Indian journal of veterinary science and animal husbandry - Volume 7,
Year: 1937
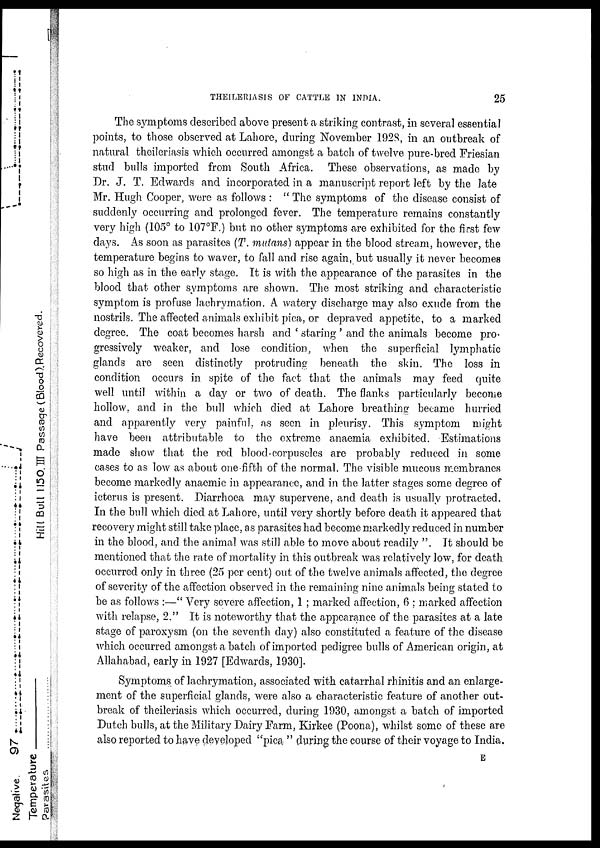
THEILERIASIS OF CATTLE IN INDIA.
25
The symptoms described above present a striking contrast, in several essential
points, to those observed at Lahore, during November 1928, in an outbreak of
natural theileriasis which occurred amongst a batch of twelve pure-bred Friesian
stud bulls imported from South Africa. These observations, as made by
Dr. J. T. Edwards and incorporated in a manuscript report left by the late
Mr. Hugh Cooper, were as follows : " The symptoms of the disease consist of
suddenly occurring and prolonged fever. The temperature remains constantly
very high (105° to 107°F.) but no other symptoms are exhibited for the first few
days. As soon as parasites (T. mutans) appear in the blood stream, however, the
temperature begins to waver, to fall and rise again, but usually it never becomes
so high as in the early stage. It is with the appearance of the parasites in the
blood that other symptoms are shown. The most striking and characteristic
symptom is profuse lachrymation. A watery discharge may also exude from the
nostrils. The affected animals exhibit pica, or depraved appetite, to a marked
degree. The coat becomes harsh and ' staring ' and the animals become pro-
gressively weaker, and lose condition, when the superficial lymphatic
glands are seen distinctly protruding beneath the skin. The loss in
condition occurs in spite of the fact that the animals may feed quite
well until within a day or two of death. The flanks particularly become
hollow, and in the bull which died at Lahore breathing became hurried
and apparently very painful, as seen in pleurisy. This symptom might
have been attributable to the extreme anaemia exhibited. Estimations
made show that the red blood-corpuscles are probably reduced in some
cases to as low as about one-fifth of the normal. The visible mucous membranes
become markedly anaemic in appearance, and in the latter stages some degree of
icterus is present. Diarrhoea may supervene, and death is usually protracted.
In the bull which died at Lahore, until very shortly before death it appeared that
recovery might still take place, as parasites had become markedly reduced in number
in the blood, and the animal was still able to move about readily ". It should be
mentioned that the rate of mortality in this outbreak was relatively low, for death
occurred only in three (25 per cent) out of the twelve animals affected, the degree
of severity of the affection observed in the remaining nine animals being stated to
be as follows :—" Very severe affection, 1 ; marked affection, 6 ; marked affection
with relapse, 2." It is noteworthy that the appearance of the parasites at a late
stage of paroxysm (on the seventh day) also constituted a feature of the disease
which occurred amongst a batch of imported pedigree bulls of American origin, at
Allahabad, early in 1927 [Edwards, 1930].
Symptoms of lachrymation, associated with catarrhal rhinitis and an enlarge-
ment of the superficial glands, were also a characteristic feature of another out-
break of theileriasis which occurred, during 1930, amongst a batch of imported
Dutch bulls, at the Military Dairy Farm, Kirkee (Poona), whilst some of these are
also reported to have developed "pica " during the course of their voyage to India.
E